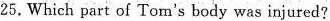
25. Which part of Tom's body was injured?